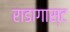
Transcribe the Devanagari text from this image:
राडागास्ट